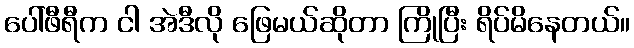
ပေါ်ဖီရီက ငါ အဲဒီလို ဖြေမယ်ဆိုတာ ကြိုပြီး ရိပ်မိနေတယ်။